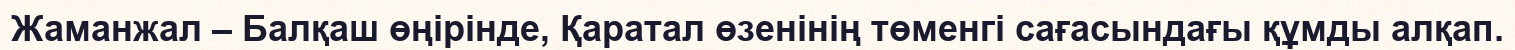
Жаманжал – Балқаш өңірінде, Қаратал өзенінің төменгі сағасындағы құмды алқап.